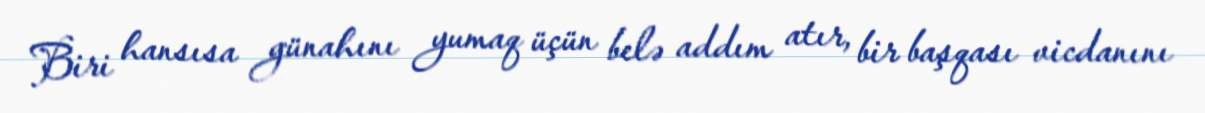
Biri hansısa günahını yumaq üçün belə addım atır, bir başqası vicdanını